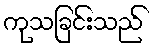
ကုသခြင်းသည်